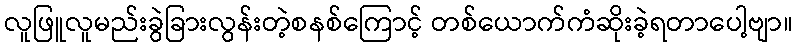
လူဖြူလူမည်းခွဲခြားလွန်းတဲ့စနစ်ကြောင့် တစ်ယောက်ကံဆိုးခဲ့ရတာပေါ့ဗျာ။